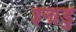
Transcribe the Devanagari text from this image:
इनाडु